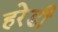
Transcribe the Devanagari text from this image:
हरेडी